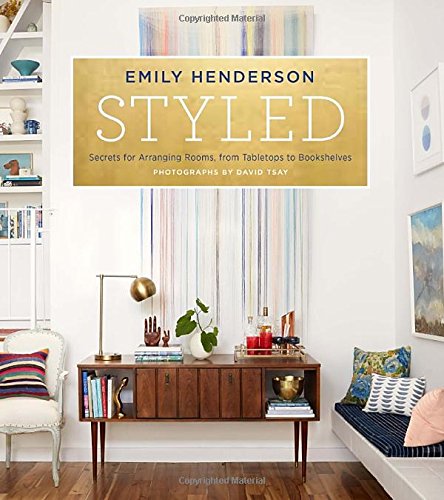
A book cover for Styled: Secrets for Arranging Rooms, from Tabletops to Bookshelves; Emily Henderson; Crafts, Hobbies & Home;